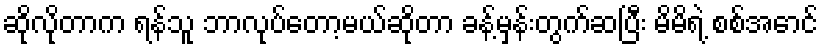
ဆိုလိုတာက ရန်သူ ဘာလုပ်တော့မယ်ဆိုတာ ခန့်မှန်းတွက်ဆပြီး မိမိရဲ့ စစ်အောင်